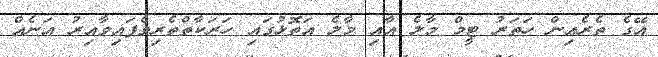
އޭގެ ތެރެއިން ހަތަރު ޓީމް މާލެ އާއި މާލެ އަތޮޅުގައި ހަރަކާތްތެރިވެފައިވާއިރު އަނެއް